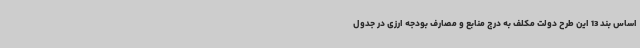
اساس بند 13 این طرح دولت مکلف به درج منابع و مصارف بودجه ارزی در جدول